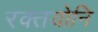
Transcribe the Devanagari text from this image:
रक्तयोनि